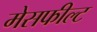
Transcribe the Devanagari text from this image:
मेसफील्ट